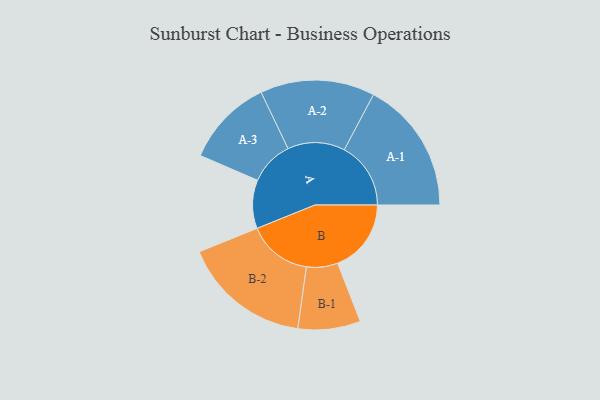
{"axis": {"x": "Segment", "y": "Value"}, "legend": ["", "A", "B"], "data": [{"x": "A", "y": 205, "type": ""}, {"x": "B", "y": 311, "type": ""}, {"x": "A-1", "y": 281, "type": "A"}, {"x": "A-2", "y": 242, "type": "A"}, {"x": "A-3", "y": 186, "type": "A"}, {"x": "B-1", "y": 132, "type": "B"}, {"x": "B-2", "y": 272, "type": "B"}]}